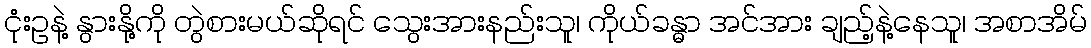
ငုံးဥနဲ့ နွားနို့ကို တွဲစားမယ်ဆိုရင် သွေးအားနည်းသူ၊ ကိုယ်ခန္ဓာ အင်အား ချည့်နဲ့နေသူ၊ အစာအိမ်